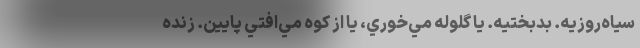
سياه‌روزيه. بدبختيه. يا گلوله مي‌خوري، يا از كوه مي‌افتي پايين. زنده